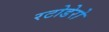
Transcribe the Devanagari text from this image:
रटोडेरो